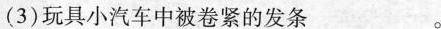
(3)玩具小汽车中被卷紧的发条